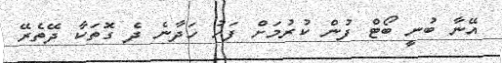
އޭނާ ބުނީ ބޯޓް ފުން ކުރުމަށް ފަހު ހަދާނެ ދެ ގޮތަކާ ދޭތެރޭ